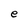
Character: e